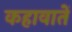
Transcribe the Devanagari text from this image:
कहावातें